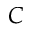
C